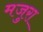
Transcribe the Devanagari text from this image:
मजुरा